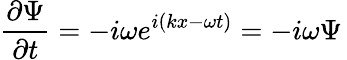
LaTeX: {\frac{\partial\Psi}{\partial t}}=-i\omega e^{i(kx-\omega t)}=-i\omega\Psi\,